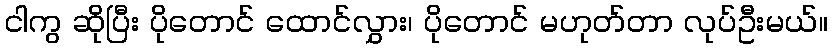
ငါကွ ဆိုပြီး ပိုတောင် ထောင်လွှား၊ ပိုတောင် မဟုတ်တာ လုပ်ဦးမယ်။